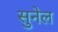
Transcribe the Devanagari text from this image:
सुनेल